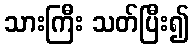
သားကြီး သတ်ပြီး၍